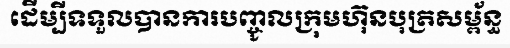
ដើម្បីទទួលបានការបញ្ចូលក្រុមហ៊ុនបុត្រសម្ព័ន្ធ